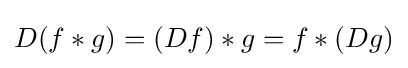
D(f*g)=(Df)*g=f*(Dg)